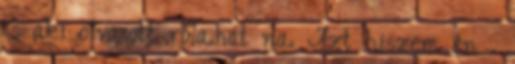
is aki olvasott róla.hát na. Azt hiszem én .